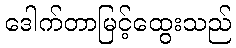
ဒေါက်တာမြင့်ထွေးသည်